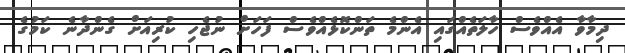
ދިމާވާ އެއްވެސް ހާލަތެއްގައި އެންމެ ތަންކޮޅެއްވެސް ފަހަށް ނުޖެހި ކުރިއަށް ގެންދާނެ ކަމުގެ